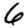
Digit: 6